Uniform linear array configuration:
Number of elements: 24
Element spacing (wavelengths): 1
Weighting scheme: exponential
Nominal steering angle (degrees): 45
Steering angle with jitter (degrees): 44.392
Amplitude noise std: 0.05
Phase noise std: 0.05

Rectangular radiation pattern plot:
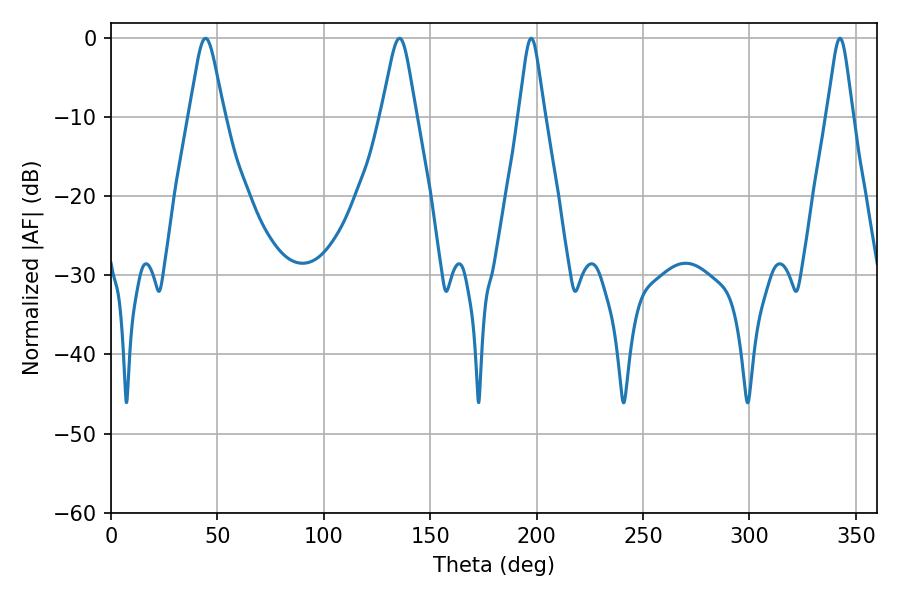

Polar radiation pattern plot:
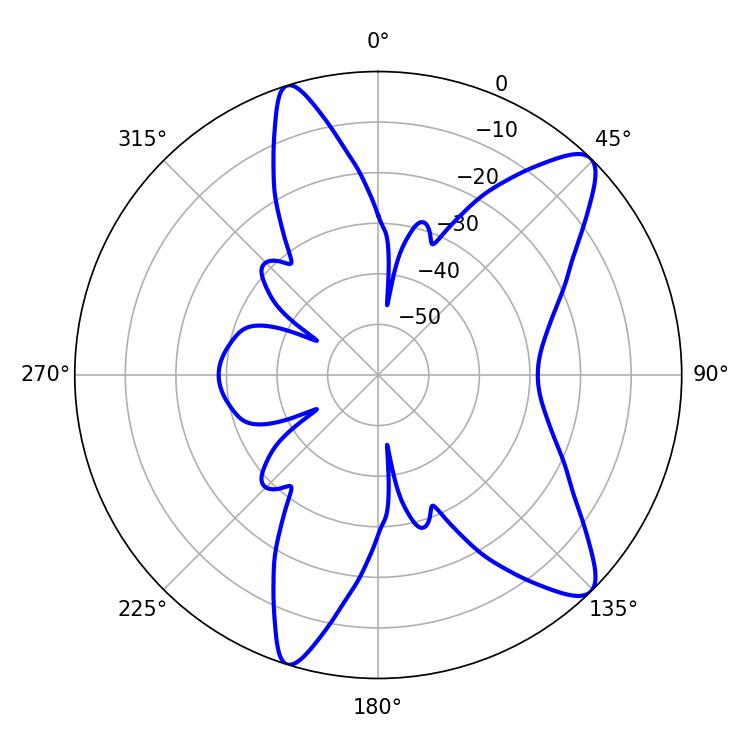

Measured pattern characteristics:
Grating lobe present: TRUE
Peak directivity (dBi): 10.886
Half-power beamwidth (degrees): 5.76
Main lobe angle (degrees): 342.54